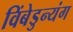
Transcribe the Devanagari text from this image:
विंबेडुन्यंग